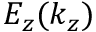
E _ { z } ( k _ { z } )